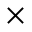
\times